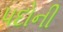
પદોની